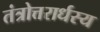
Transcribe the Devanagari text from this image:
तंत्रोत्तरार्धस्य